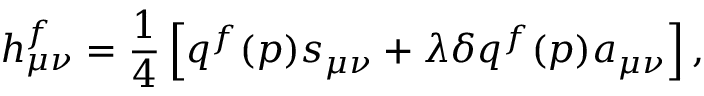
h _ { \mu \nu } ^ { f } = \frac { 1 } { 4 } \left[ q ^ { f } ( p ) s _ { \mu \nu } + \lambda \delta q ^ { f } ( p ) a _ { \mu \nu } \right] ,